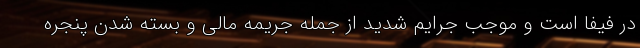
در فیفا است و موجب جرایم شدید از جمله جریمه مالی و بسته شدن پنجره